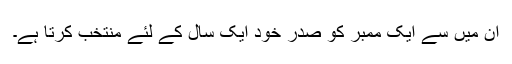
ان میں سے ایک ممبر کو صدر خود ایک سال کے لئے منتخب کرتا ہے۔